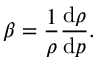
\beta = { \frac { 1 } { \rho } } { \frac { \mathrm { d } \rho } { \mathrm { d } p } } .